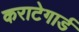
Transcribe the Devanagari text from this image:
कराटेगार्ड